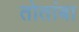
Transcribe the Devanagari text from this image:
तोतांबा